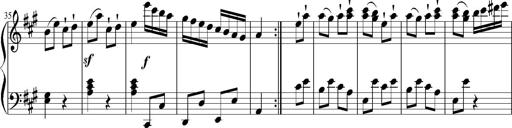
Title: 12 Sonatinas for Piano
Composer: Johann Baptist Vanhal